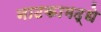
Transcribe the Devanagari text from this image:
नाटकामद्धे